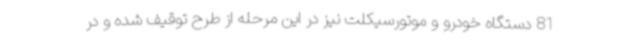
81 دستگاه خودرو و موتورسیکلت نیز در این مرحله از طرح توقیف شده و در